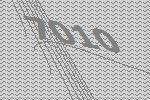
7010